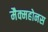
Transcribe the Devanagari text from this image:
मैक्महोनस